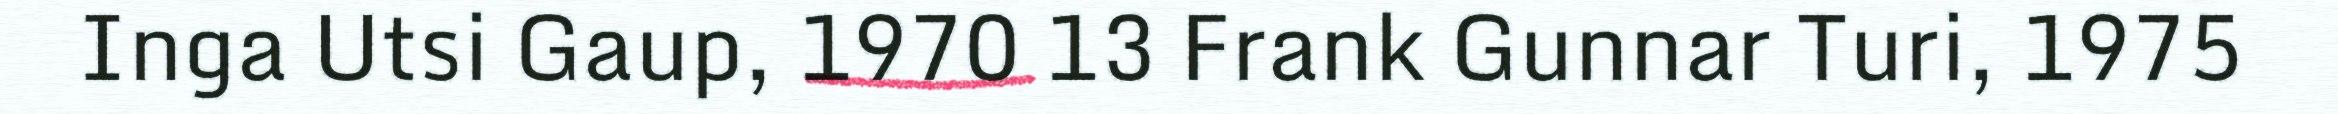
Inga Utsi Gaup, 1970 13 Frank Gunnar Turi, 1975